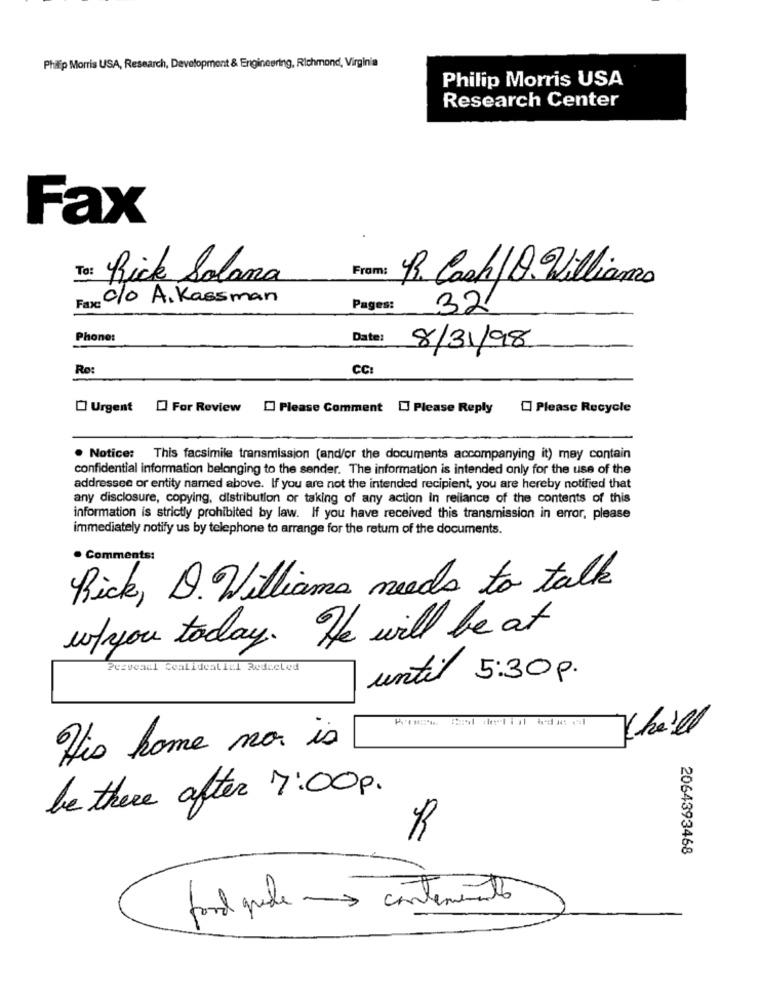
Philip Morris USA, Research, Development & Engineering, Richmond, Virginia
Philip Morris USA
Research Center
Fax
To:
Rick Solana
From:
R. Cash/Q. Williams
c/o A. Kassman
Fax:
Pages:
32
Phone:
Date:
8/31/98
Ro:
CC:
Urgent [ For Review [ Please Comment [] Please Reply
Please Recycle
. Notice: This facsimile transmission (and/or the documents accompanying it) may contain
confidential information belonging to the sender. The information is intended only for the use of the
addressee or entity named above. If you are not the intended recipient, you are hereby notified that
any disclosure, copying, distribution or taking of any action in reliance of the contents of this
information is strictly prohibited by law. If you have received this transmission in error, please
immediately notify us by telephone to arrange for the retum of the documents.
. Comments:
Rick, D. Williams needs to talk
w/you today . He will be at
Peaveasl Cealidealiel Redieled
until 5:30 p.
Khe'll
His home nor is
be there after 7:00p.
R
2064393468
ford quele - contenente